Civil Veterinary Department Bihar & Orissa reports 1929-36 - 1929-1936
Year: 1929
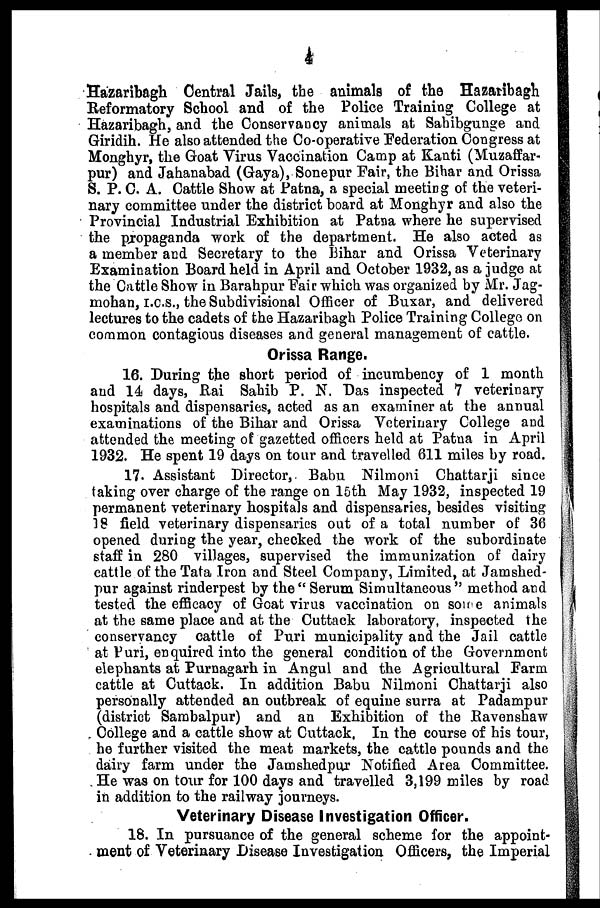
4
Hazaribagh Central Jails, the animals of the Hazaribagh
Reformatory School and of the Police Training College at
Hazaribagh, and the Conservancy animals at Sahibgunge and
Giridih. He also attended the Co-operative Federation Congress at
Monghyr, the Goat Virus Vaccination Camp at Kanti (Muzaffar-
pur) and Jahanabad (Gaya), Sonepur Fair, the Bihar and Orissa
S. P. C. A. Cattle Show at Patna, a special meeting of the veteri-
nary committee under the district board at Monghyr and also the
Provincial Industrial Exhibition at Patna where he supervised
the propaganda work of the department. He also acted as
a member and Secretary to the Bihar and Orissa Veterinary
Examination Board held in April and October 1932, as a judge at
the Cattle Show in Barahpur Fair which was organized by Mr. Jag-
mohan, i.c.s., the Subdivisional Officer of Buxar, and delivered
lectures to the cadets of the Hazaribagh Police Training College on
common contagious diseases and general management of cattle.
Orissa Range.
16. During the short period of incumbency of 1 month
and 14 days, Rai Sahib P. N. Das inspected 7 veterinary
hospitals and dispensaries, acted as an examiner at the annual
examinations of the Bihar and Orissa Veterinary College and
attended the meeting of gazetted officers held at Patna in April
1932. He spent 19 days on tour and travelled 611 miles by road.
17. Assistant Director, Babu Nilmoni Chattarji since
taking over charge of the range on 15th May 1932, inspected 19
permanent veterinary hospitals and dispensaries, besides visiting
18 field veterinary dispensaries out of a total number of 36
opened during the year, checked the work of the subordinate
staff in 280 villages, supervised the immunization of dairy
cattle of the Tata Iron and Steel Company, Limited, at Jamshed-
pur against rinderpest by the " Serum Simultaneous " method and
tested the efficacy of Goat virus vaccination on some animals
at the same place and at the Cuttack laboratory, inspected the
conservancy cattle of Puri municipality and the Jail cattle
at Puri, enquired into the general condition of the Government
elephants at Purnagarh in Angul and the Agricultural Farm
cattle at Cuttack. In addition Babu Nilmoni Chattarji also
personally attended an outbreak of equine surra at Padampur
(district Sambalpur) and an Exhibition of the Ravenshaw
College and a cattle show at Cuttack, In the course of his tour,
he further visited the meat markets, the cattle pounds and the
dairy farm under the Jamshedpur Notified Area Committee.
He was on tour for 100 days and travelled 3,199 miles by road
in addition to the railway journeys.
Veterinary Disease Investigation Officer.
18. In pursuance of the general scheme for the appoint-
ment of Veterinary Disease Investigation Officers, the Imperial